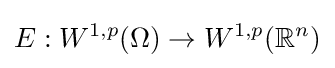
E:W^{1,p}(\Omega )\to W^{1,p}(\mathbb {R} ^{n})